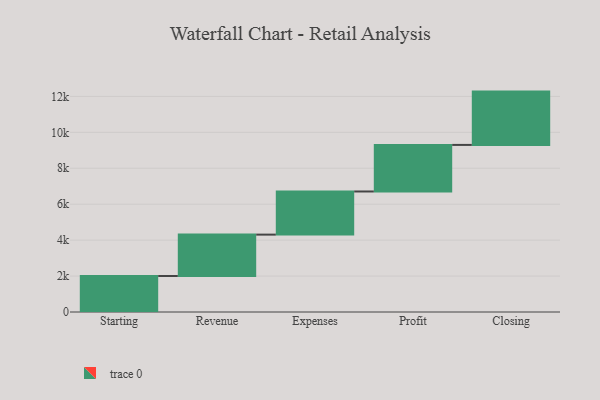
{"axis": {"x": "Step", "y": "Value"}, "legend": [""], "data": [{"x": "Starting", "y": 2004.0, "type": ""}, {"x": "Revenue", "y": 2303.0, "type": ""}, {"x": "Expenses", "y": 2401.0, "type": ""}, {"x": "Profit", "y": 2592.0, "type": ""}, {"x": "Closing", "y": 2967.0, "type": ""}]}